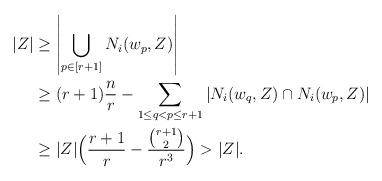
LaTeX: \begin{align*}|Z| & \geq \left|\bigcup_{p\in[r+1]} N_{i}(w_p,Z) \right| \\ & \geq (r+1) \frac{n}{r} - \sum_{1 \leq q <p \leq r+1} |N_{i}(w_q,Z) \cap N_{i}(w_p,Z)| \\ & \geq |Z| \Big( \frac{r+1}{r} - \frac{\binom{r+1}{2}}{r^3} \Big) > |Z|.\end{align*}